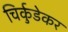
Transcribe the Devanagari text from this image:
चिर्कुडेकर